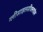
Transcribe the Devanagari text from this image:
ग्लीसाइलसीक्लाइंस